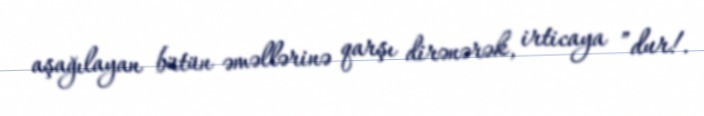
aşağılayan bütün əməllərinə qarşı dirənərək, irticaya ”dur!.